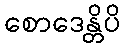
စောဒေန္တိပိ